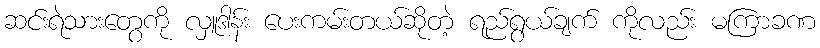
ဆင်းရဲသားတွေကို လှူဒါန်း ပေးကမ်းတယ်ဆိုတဲ့ ရည်ရွယ်ချက် ကိုလည်း မကြာခဏ